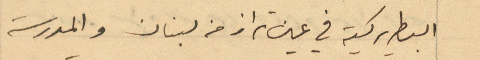
البطريركية في عين تراز من لبنان والمدرسة